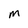
Character: M